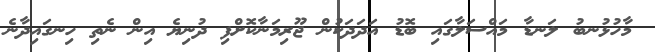
މާހުޅުނބު ލަނޑާ މައްސަލާގައި ބޮޑު އަދަދަކުން ޖޫރިމަނާކޮށްފި ދުނިޔެ އިން ނެތި ހިނގައިދާނެ